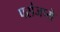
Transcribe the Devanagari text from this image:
परांजप्ये